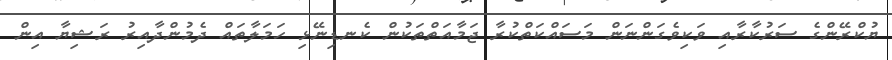
ޔުކްރޭންގެ ސަރުކާރާއި ވަކިވެގަންނަން މަސައްކަތްކުރާ ޖަމާއަތްތަކުން ކެނޑިނޭޅި ހަމަލާތައް ދެމުންދާއިރު ރަޝިޔާ އިން